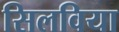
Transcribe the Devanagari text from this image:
सिलविया